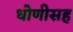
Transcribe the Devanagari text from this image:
धोणीसह